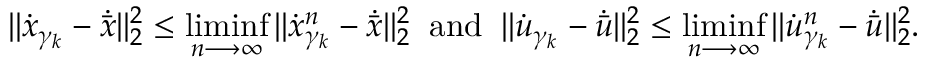
\| \dot { x } _ { \gamma _ { k } } - \dot { \bar { x } } \| _ { 2 } ^ { 2 } \leq \operatorname* { l i m i n f } _ { n \longrightarrow \infty } \| \dot { x } _ { \gamma _ { k } } ^ { n } - \dot { \bar { x } } \| _ { 2 } ^ { 2 } \; \; \mathrm { a n d } \; \; \| \dot { u } _ { \gamma _ { k } } - \dot { \bar { u } } \| _ { 2 } ^ { 2 } \leq \operatorname* { l i m i n f } _ { n \longrightarrow \infty } \| \dot { u } _ { \gamma _ { k } } ^ { n } - \dot { \bar { u } } \| _ { 2 } ^ { 2 } .